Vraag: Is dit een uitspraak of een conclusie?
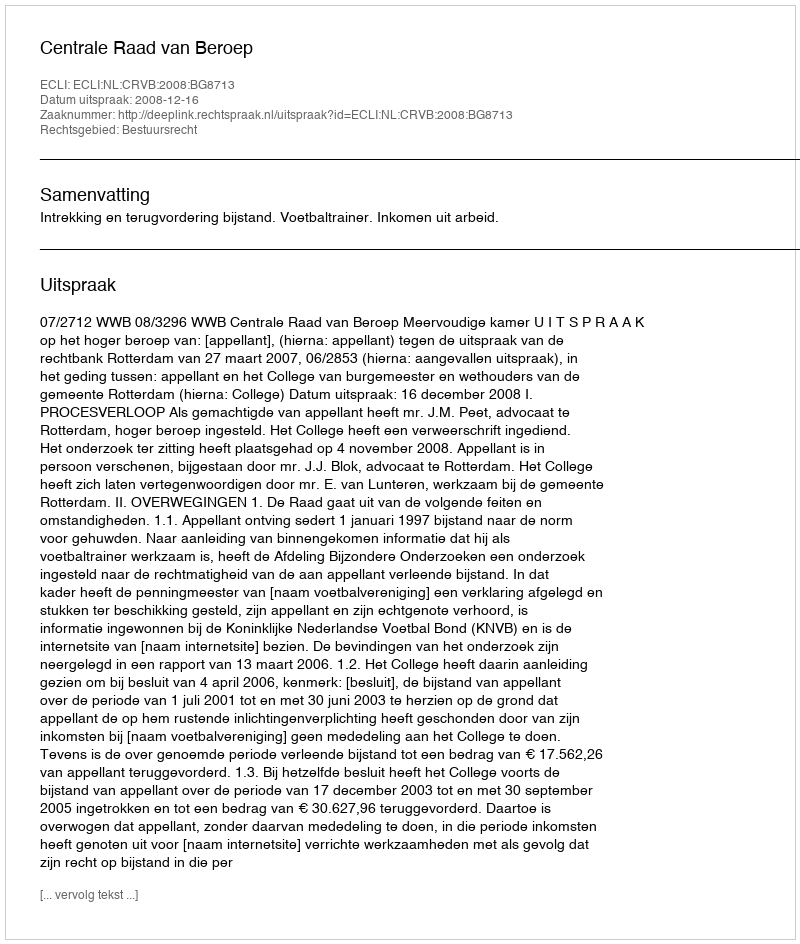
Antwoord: Uitspraak